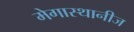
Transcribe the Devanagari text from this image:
मेगास्थानीज